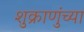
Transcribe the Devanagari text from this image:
शुक्राणुंच्या